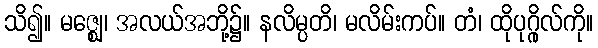
သိ၍။ မဇ္ဈေ၊ အလယ်အဘို့၌။ နလိမ္ပတိ၊ မလိမ်းကပ်။ တံ၊ ထိုပုဂ္ဂိုလ်ကို။